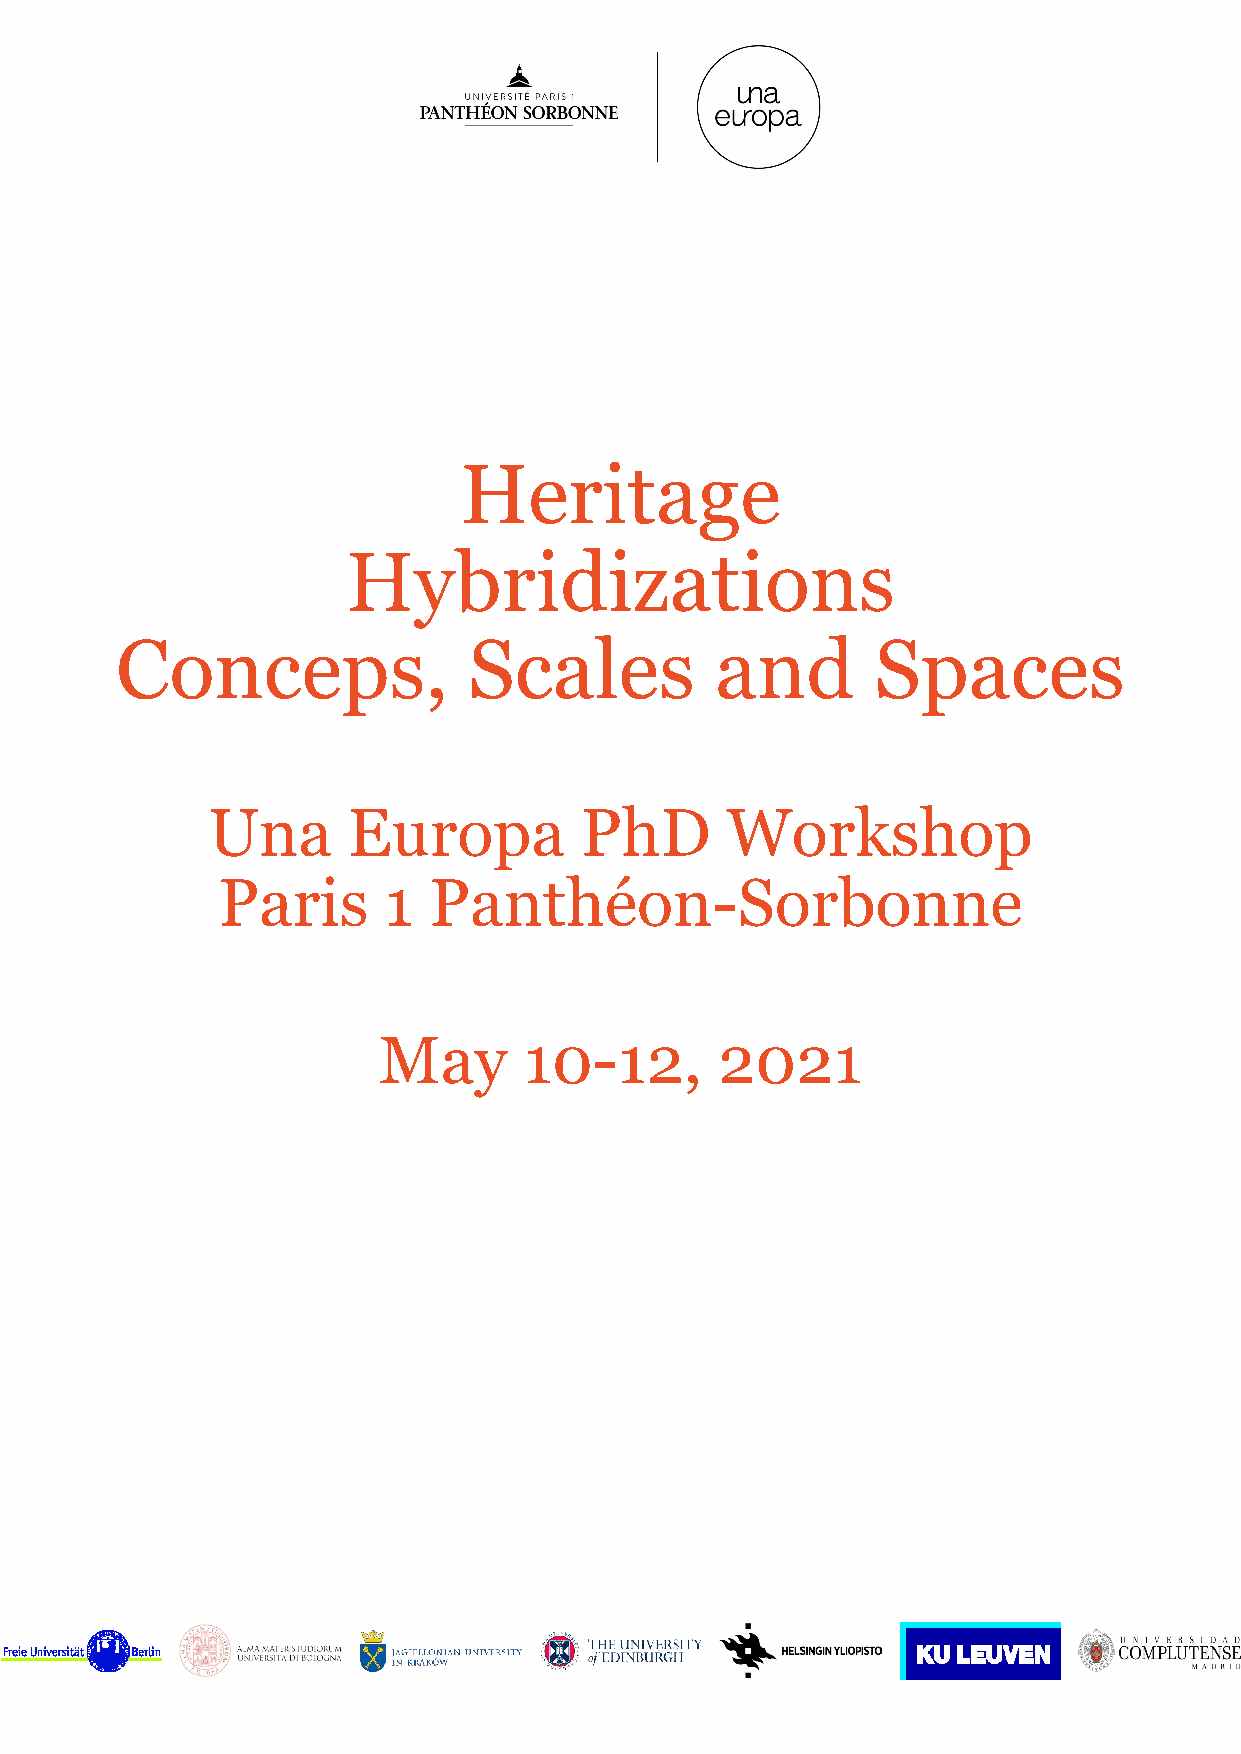
Heritage
 Hybridizations
 Conceps,               Scales          and        Spaces
 Una      Europa         PhD       Workshop
 Paris      1  Panthéon-Sorbonne
 May       10-12,       2021